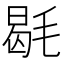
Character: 毼